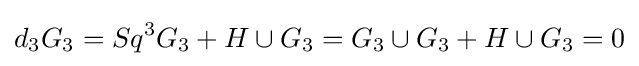
d_{3}G_{3}=Sq^{3}G_{3}+H\cup G_{3}=G_{3}\cup G_{3}+H\cup G_{3}=0